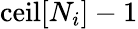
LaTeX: \textrm{ceil}[N_{i}]-1